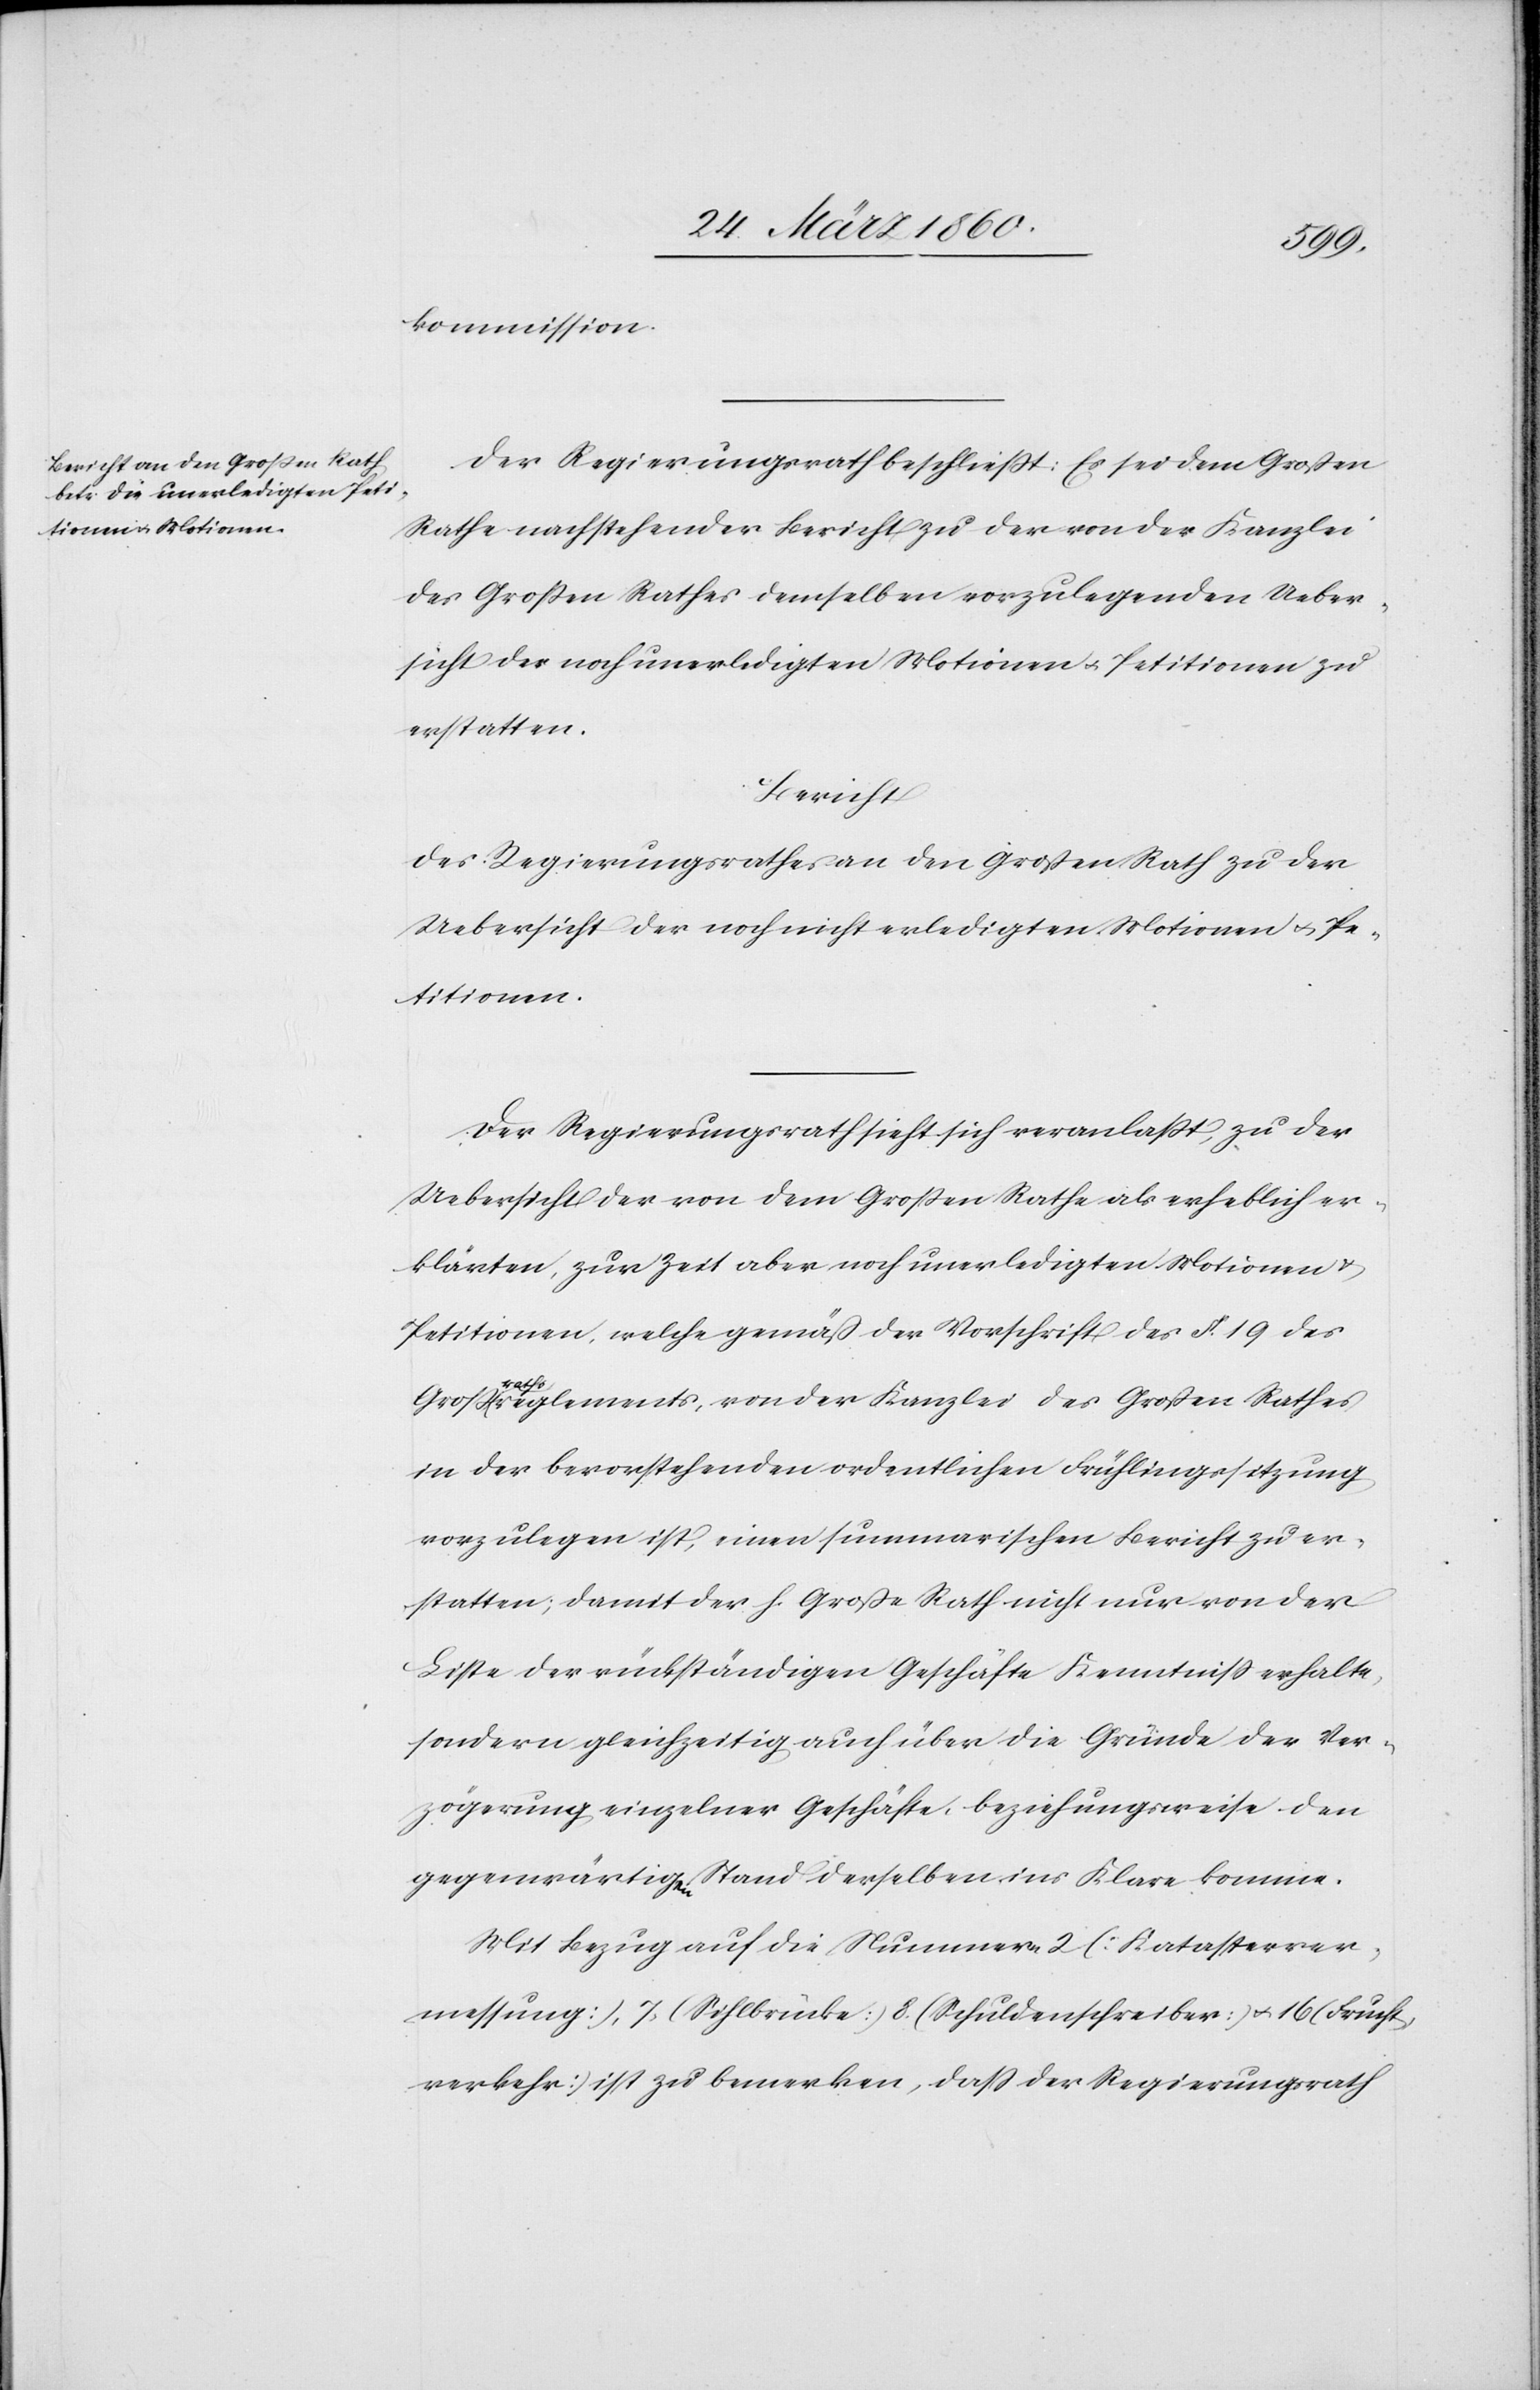
kommission.
Der Regierungsrath beschliesst: Es sei dem Grossen
Rathe nachstehender Bericht zu der von der Kanzlei
des Grossen Rathes demselben vorzulegenden Ueber¬
sicht der noch unerledigten Motionen u. Petitionen zu
erstatten.
Bericht
Des Regierungsrathes an den Grossen Rath zu der
Uebersicht der noch nicht erledigten Motionen u. Pe¬
titionen.
Der Regierungsrath sieht sich veranlasst, zu der
Uebersicht der von dem Grossen Rathe als erheblich er¬
klärten, zur Zeit aber noch unerledigten Motionen u.
Petitionen, welche gemäss der Vorschrift des §. 19. des
Grossrathsreglements, von der Kanzlei des Grossen Rathes
in der bevorstehenden ordentlichen Frühlingssitzung
vorzulegen ist, einen summarischen Bericht zu er¬
statten; damit der h. Grosse Rath nicht nur von der
Liste der rückständigen Geschäfte Kenntniss erhalte,
sondern gleichzeitig auch über die Gründe der Ver¬
zögerung einzelner Geschäfte, beziehungsweise den
gegenwärtigen Stand derselben ins Klare komme.
Mit Bezug auf die Nummern 2 (Katasterver¬
messung) 7 (Sihlbrücke) 8 (Schuldenschreiber) u. 16 (Frucht¬
verkehr) ist zu bemerken, dass der Regierungsrath